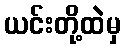
ယင်းတို့ထဲမှ